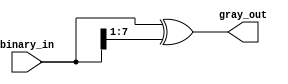
module binary2gray #(parameter WID = 8) (
    input [WID-1:0] binary_in,
    output [WID-1:0] gray_out
    );

   assign gray_out = binary_in ^ (binary_in >> 1);

endmodule